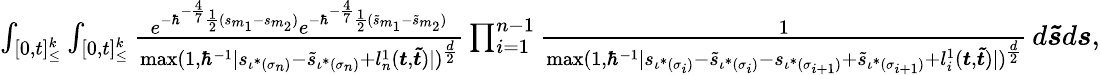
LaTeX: \begin{array}{r}{\int_{[0,t]_{\leq}^{k}}\int_{[0,t]_{\leq}^{k}}\frac{e^{-\hbar^{-\frac{4}{7}}\frac{1}{2}(s_{m_{1}}-s_{m_{2}})}e^{-\hbar^{-\frac{4}{7}}\frac{1}{2}(\tilde{s}_{m_{1}}-\tilde{s}_{m_{2}})}}{\operatorname*{max}(1,\hbar^{-1}|s_{\iota^{*}(\sigma_{n})}-\tilde{s}_{\iota^{*}(\sigma_{n})}+l_{n}^{1}(\boldsymbol{t},\boldsymbol{\tilde{t}})|)^{\frac{d}{2}}}\prod_{i=1}^{n-1}\frac{1}{\operatorname*{max}(1,\hbar^{-1}|s_{\iota^{*}(\sigma_{i})}-\tilde{s}_{\iota^{*}(\sigma_{i})}-s_{\iota^{*}(\sigma_{i+1})}+\tilde{s}_{\iota^{*}(\sigma_{i+1})}+l_{i}^{1}(\boldsymbol{t},\boldsymbol{\tilde{t}})|)^{\frac{d}{2}}}\, d\boldsymbol{\tilde{s}}d\boldsymbol{s},}\end{array}